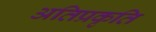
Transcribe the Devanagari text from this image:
अतिप्रकृति